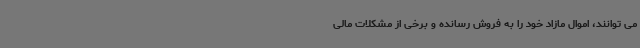
می توانند، اموال مازاد خود را به فروش رسانده و برخی از مشکلات مالی